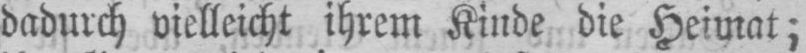
dadurch vielleicht ihrem Kinde die Heimat;